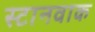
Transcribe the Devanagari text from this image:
स्टानवाक